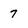
Character: 7